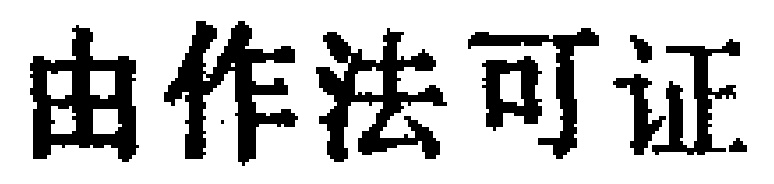
由作法可证